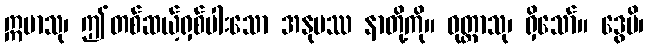
ဣမာသု၊ ဤတစ်ဆယ့်ရှစ်ပါးသော အနုပဿ နာတို့ကို။ ဝုတ္တာသု၊ ရှိသော်။ ဒွေပိ၊